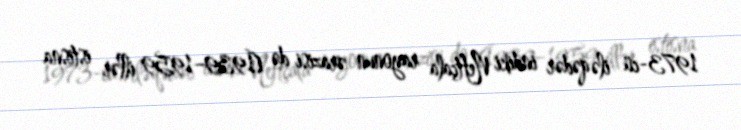
1973-cü ilə qədər indiki Neftçala rayonun ərazisi də (1939–1959 illər istisna